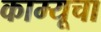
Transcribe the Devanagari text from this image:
काम्यूचा